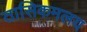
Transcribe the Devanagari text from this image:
तासिकमलय